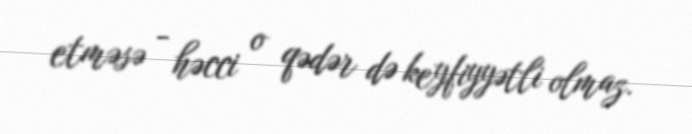
etməsə - həcci o qədər də keyfiyyətli olmaz.